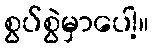
စွပ်စွဲမှာပေါ့။